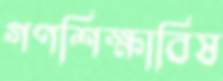
গণশিক্ষাবিষ